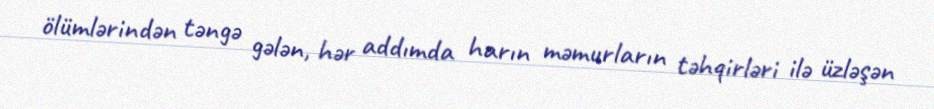
ölümlərindən təngə gələn, hər addımda harın məmurların təhqirləri ilə üzləşən